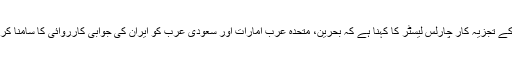
مشرق وسطی کے تجزیہ کار چارلس لیسٹر کا کہنا ہے کہ بحرین، متحدہ عرب امارات اور سعودی عرب کو ایران کی جوابی کارروائی کا سامنا کرنا پڑ سکتا ہے۔